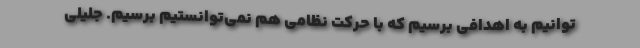
‌توانیم به اهدافی برسیم که با حرکت نظامی هم نمی‌توانستیم برسیم. جلیلی